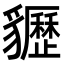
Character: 𧴠